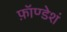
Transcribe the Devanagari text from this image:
फ़ॉण्डेशं